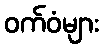
ဝက်ဝံများ